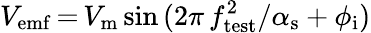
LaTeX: V_{\mathrm{emf}}\, {=}\, V_{\mathrm{m}}\sin{(2\pi\, f_{\mathrm{test}}^{2}/\alpha_{\mathrm{s}}+\phi_{\mathrm{i}})}